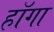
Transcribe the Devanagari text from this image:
हॉगा